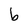
Character: b